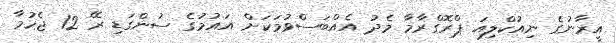
އީރާނުގެ ނިއުކްލިއަ ޕްރޮގްރާމާ މެދު އެއްބަސްވުމަކަށް އައުމުގެ ސުންގަޑި ރޭ 12 ޖެހުމާ